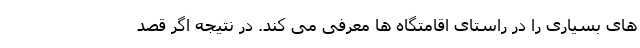
های بسیاری را در راستای اقامتگاه ها معرفی می کند. در نتیجه اگر قصد